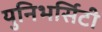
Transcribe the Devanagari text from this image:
युनिभर्सिटी